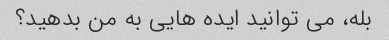
بله، می توانید ایده هایی به من بدهید؟